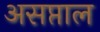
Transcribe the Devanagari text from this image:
असप्ताल